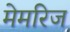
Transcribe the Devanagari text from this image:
मेमरिज